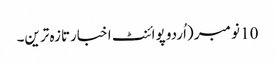
10 نومبر (اُردو پوائنٹ اخبارتازہ ترین۔